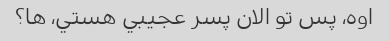
اوه، پس تو الان پسر عجيبي هستي، ها؟